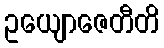
ဥယျောဇေတီတိ